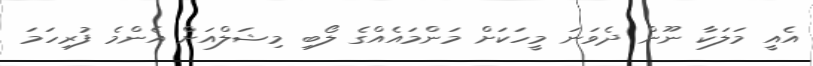
އެއީ މަލަކާ ނޫން ދެވަނަ މީހަކަށް މަންމައެއްގެ ލޯބި މިޝަލްއަށް އެންމެ ފުރިހަމަ